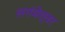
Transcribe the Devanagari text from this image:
सगंमेश्वर